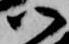
御